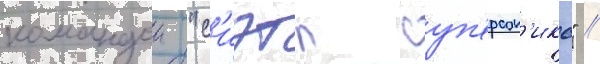
командои "с'иэтл суп'ерсон'икс" //